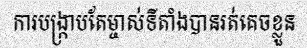
ការបង្ក្រាបតែម្ចាស់ទីតាំងបានរត់គេចខ្លួន